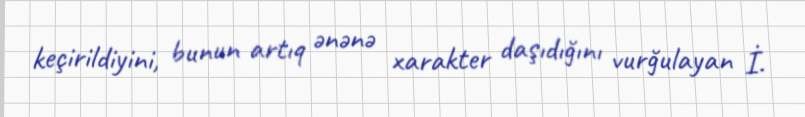
keçirildiyini, bunun artıq ənənə xarakter daşıdığını vurğulayan İ.